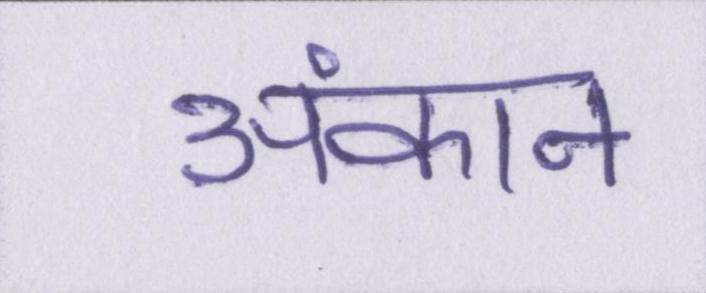
अंकन